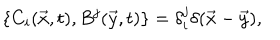
\{ C _ { i } ( \vec { x } , t ) , B ^ { j } ( \vec { y } , t ) \} = \delta _ { i } ^ { j } \delta ( \vec { x } - \vec { y } ) ,